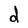
Character: d